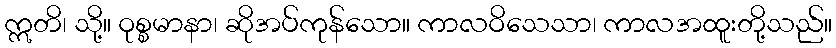
ဣတိ၊ သို့။ ဝုစ္စမာနာ၊ ဆိုအပ်ကုန်သော။ ကာလဝိသေသာ၊ ကာလအထူးတို့သည်။